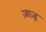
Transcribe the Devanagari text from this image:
ज़ाज़ू